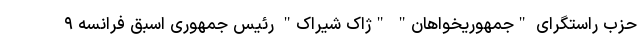
حزب راستگرای "جمهوریخواهان" "ژاک شیراک" رئیس جمهوری اسبق فرانسه ۹